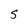
Character: S